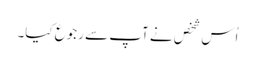
اُس شخص نے آپ سے رجوع کیا۔